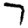
Digit: 7